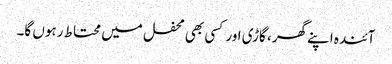
آئندہ اپنے گھر، گاڑی اور کسی بھی محفل میں محتاط رہوں گا۔